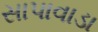
સાપાવાડા